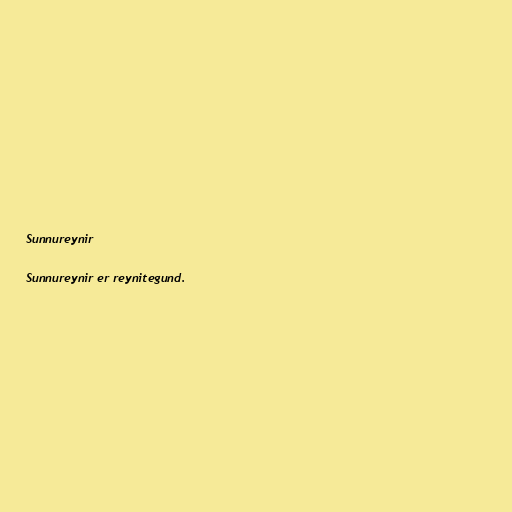
Sunnureynir

Sunnureynir er reynitegund.